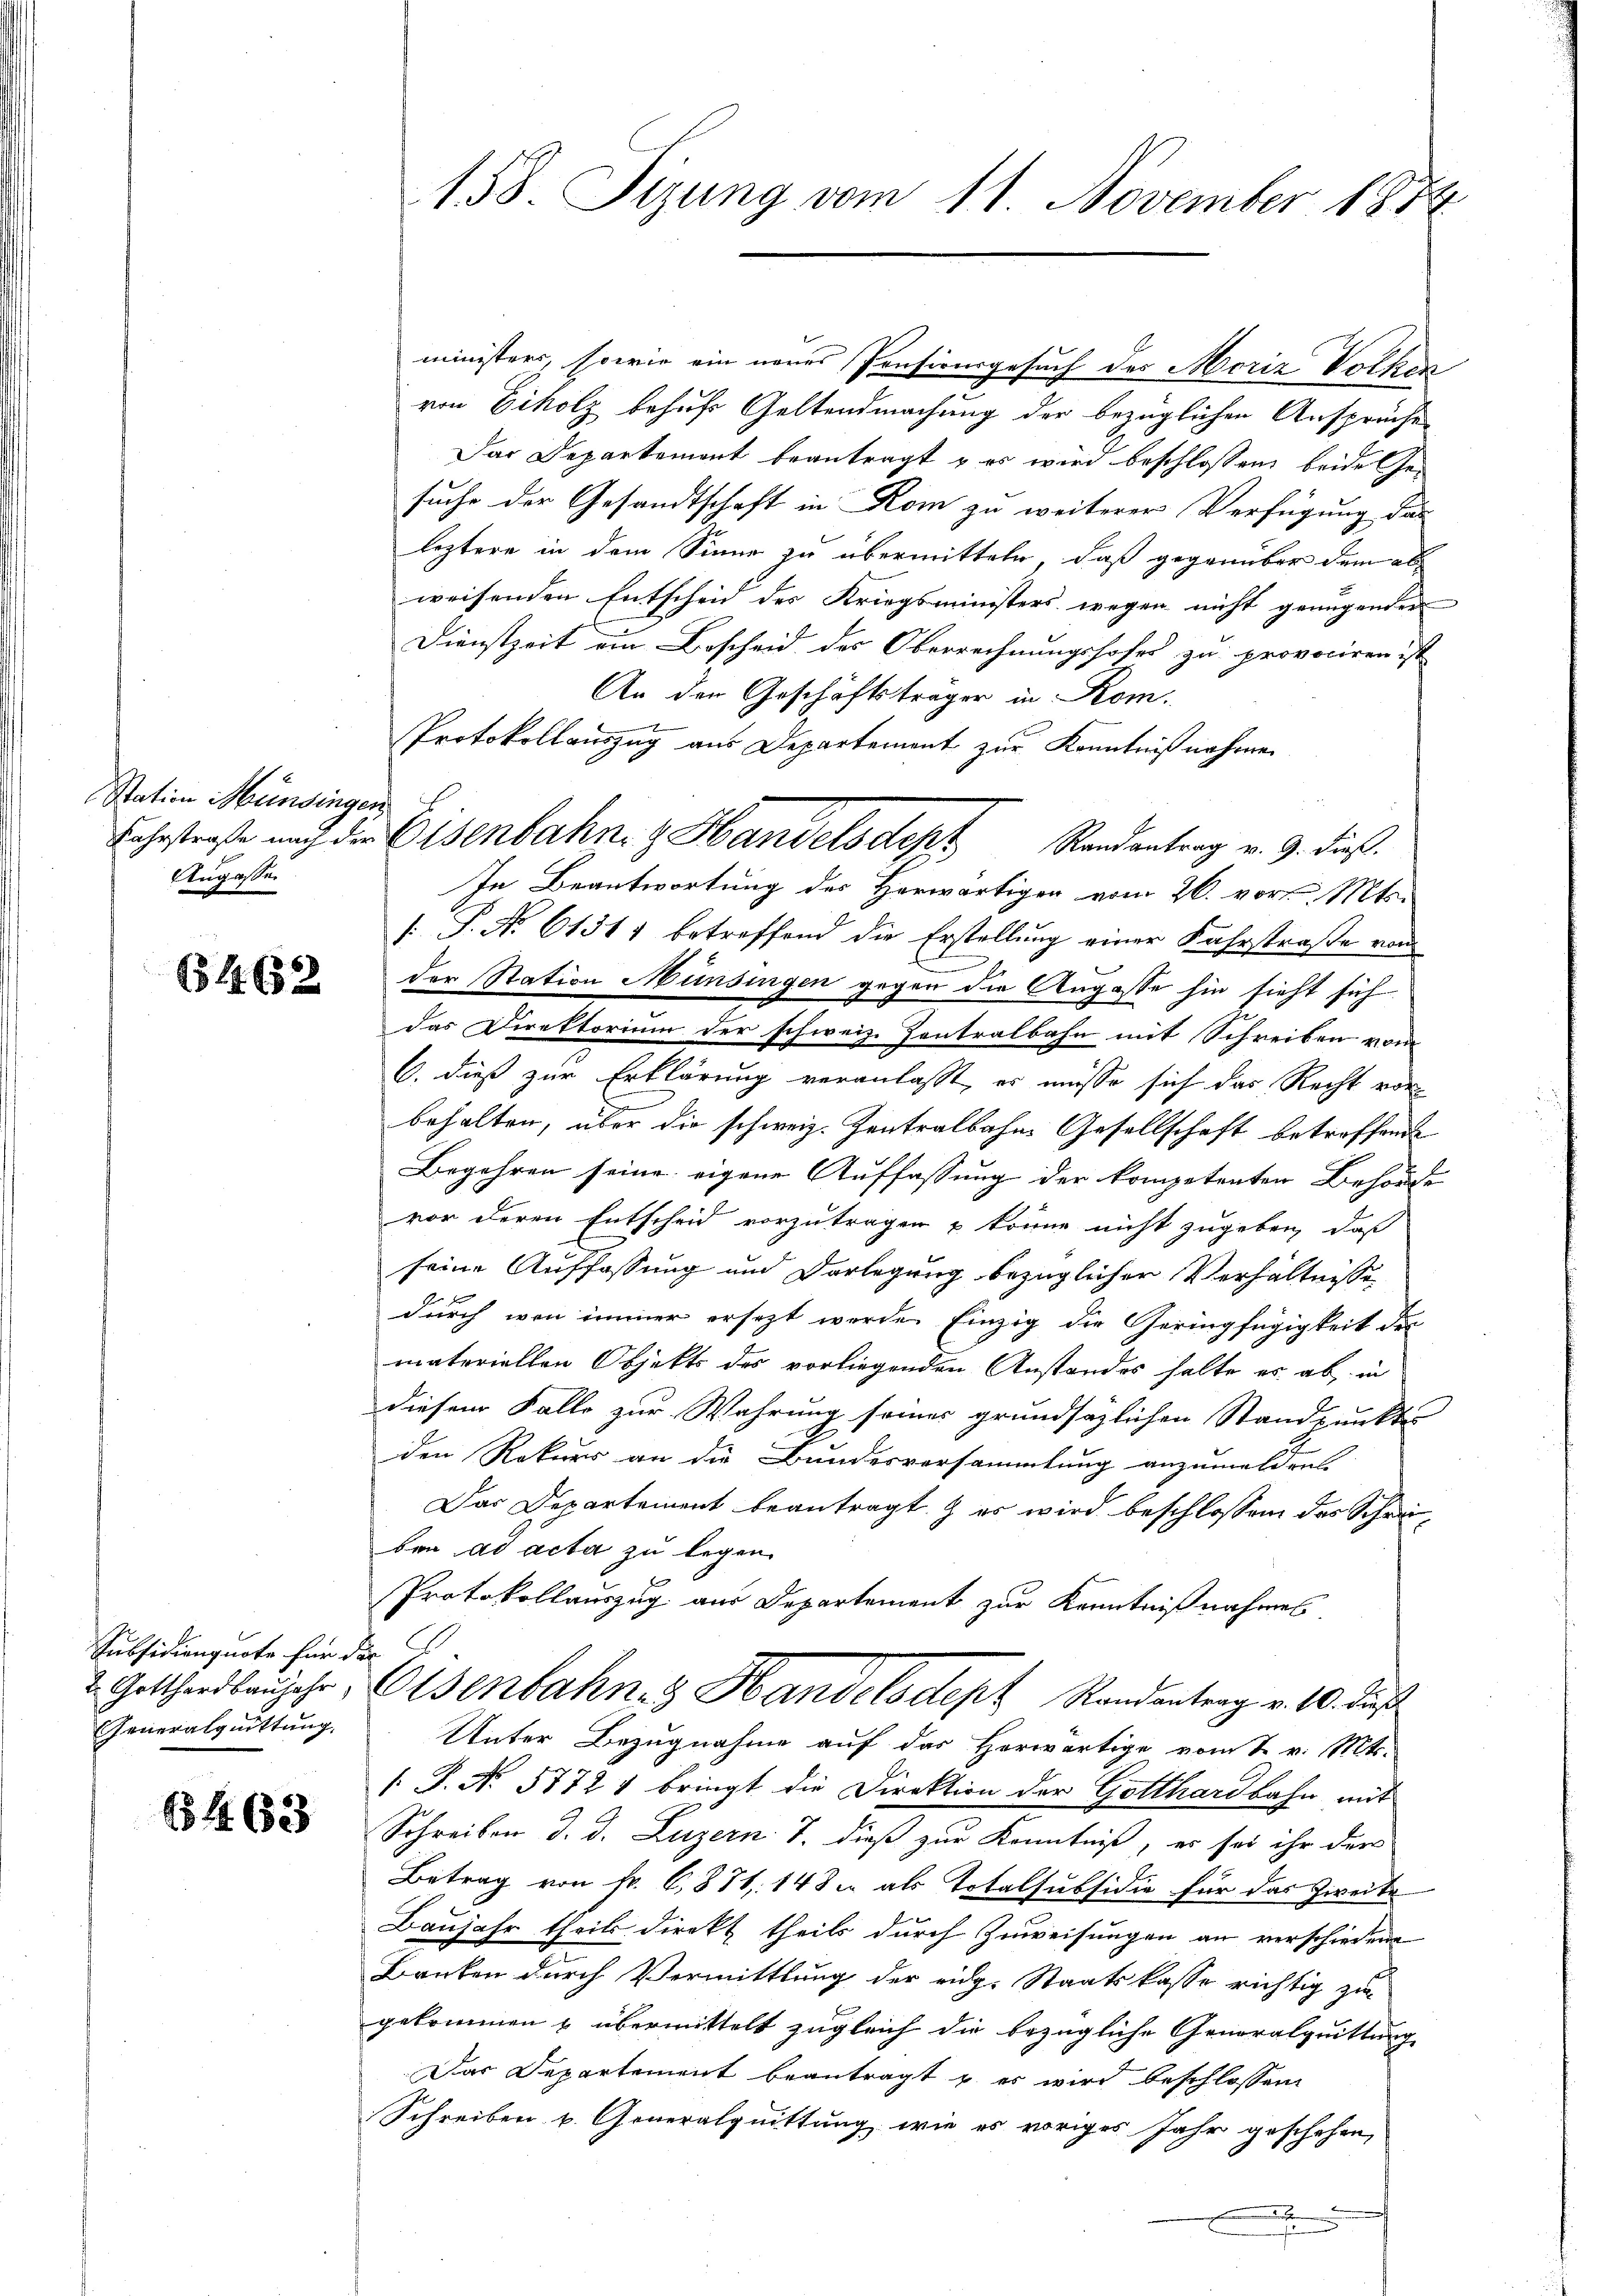
Station Mündingen
Angassen

614 (53

Subsidiengnote für die
t. Gotthardbaujahr,
Generalquittung.

65 463

158. Sizung vom 11. November 1874

ministers, sowie ein neues Presionsgesuch des Moriz Volke
von Eiholz behufs Geltendmachung der bezüglichen Ansprüche
Das Departement beantragt & es wird beschlossen beide Gesuche der Gesandtschaft in Rom zu weiterer Verfügung das
leztere in dem Sinne zu übermitteln, daß gegenüber dem als
weisenden Entscheid des Kriegsministers wegen nicht genügenden
Dienstzeit ein Bescheid des Oberrechnungshofes zu provociren ist
An der Geschäftsträger in Rom.
Protokollauszug aus Departement zur Kenntnißnahmen
In Beantwortung des Herwärtigen vom 26. vor. Mts.
: P. No 61311 betreffend die Erstellung einer Fahrstraße von
der Station Münsingen gegen die Angasse hin sieht sich
das Direktorium der schweiz. Zentralbahn mit Schreiben vom
6. dieß zur Erklärung veranlaßt, es müsse sich das Recht vor
behalten, über die schweiz. Zentralbahne Gesellschaft betreffende
Begehren seine eigene Auffassung der kompetenten Behörde
vor deren Entscheid vorzutragen & könne nicht zugeben, daß
seine Auffassung und Darlegung bezüglicher Verhältnisse
 F
durch von immer ersezt werde Einzig die Geringfügigkeit der
materiellen Objekts des vorliegenden Anstandes halte es ab in
diesem Falle zur Wahrung seiner grundsäzlichen Standpunktes
den Rekurs an die Bundesversammlung anzumelden
Das Departement beantragt & es wird beschlossen des Schreiben ad acta zu legen.
Protokollauszug aus Departement zur Kenntnißnahmes
Osenbahn 3 Handelsdept Randantrag v. 10. dieß
Unter Bezugnahme auf das Herwärtige vom 1. v. Mts.
 P. No 57721 bringt die Direktion der Gotthardbahn mit
Schreiben d. d. Luzern T. dieß zur Kenntniß, es sei ihr der
Betrag von Fr. 6, 871, 148 u. als Totalsubsidie für das Zweite
Baujahr theils direkt theils durch Zuweisungen an verschiedene
Banken durch Vermittlung der eidg. Staatskasse richtig zu
gekommen & übermittelt zugleich die bezügliche Generalquittung
Das Departement beantragt u. es wird beschlossen:
Schreiben v. Generalquittung, wie es voriges Jahr geschehen,

Fahrstraße und die Eisenbahn z. Handelsdept Randantrag v. 9. dieß.